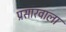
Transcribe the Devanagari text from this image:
प्रसारवाला